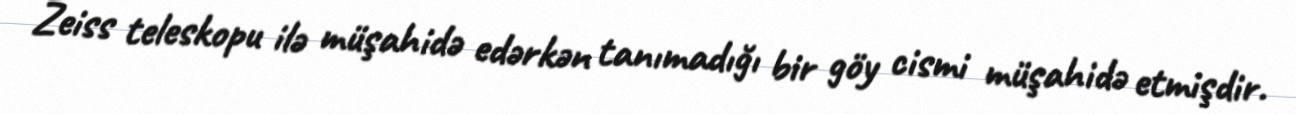
Zeiss teleskopu ilə müşahidə edərkən tanımadığı bir göy cismi müşahidə etmişdir.